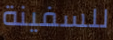
للسفينة